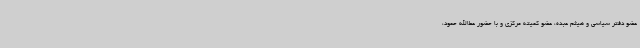
عضو دفتر سیاسی و هیثم عبده، عضو کمیته مرکزی و با حضور عطاالله حمود،